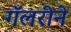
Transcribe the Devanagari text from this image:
गॅलरीने